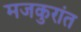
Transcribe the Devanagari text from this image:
मजकुरांत